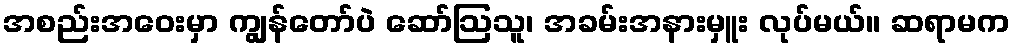
အစည်းအဝေးမှာ ကျွန်တော်ပဲ ဆော်ဩသူ၊ အခမ်းအနားမှူး လုပ်မယ်။ ဆရာမက